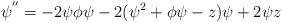
LaTeX: \begin{align*} \psi^{''} = - 2 \psi \phi \psi - 2( \psi^{2} + \phi \psi - z ) \psi + 2 \psi z \end{align*}